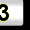
Digit: 3